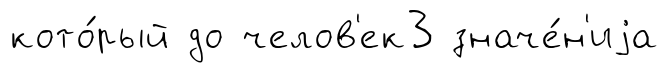
кото́рый до челов'ек3 значе́н'иjа